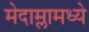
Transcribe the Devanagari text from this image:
मेदाम्लामध्ये